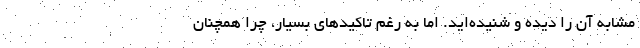
مشابه آن را دیده و شنیده‌اید. اما به رغم تاکیدهای بسیار، چرا همچنان